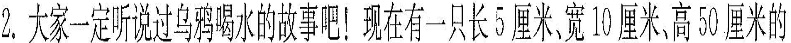
2.大家一定听说过乌鸦喝水的故事吧！现在有一只长5厘米、宽10厘米、高50厘米的